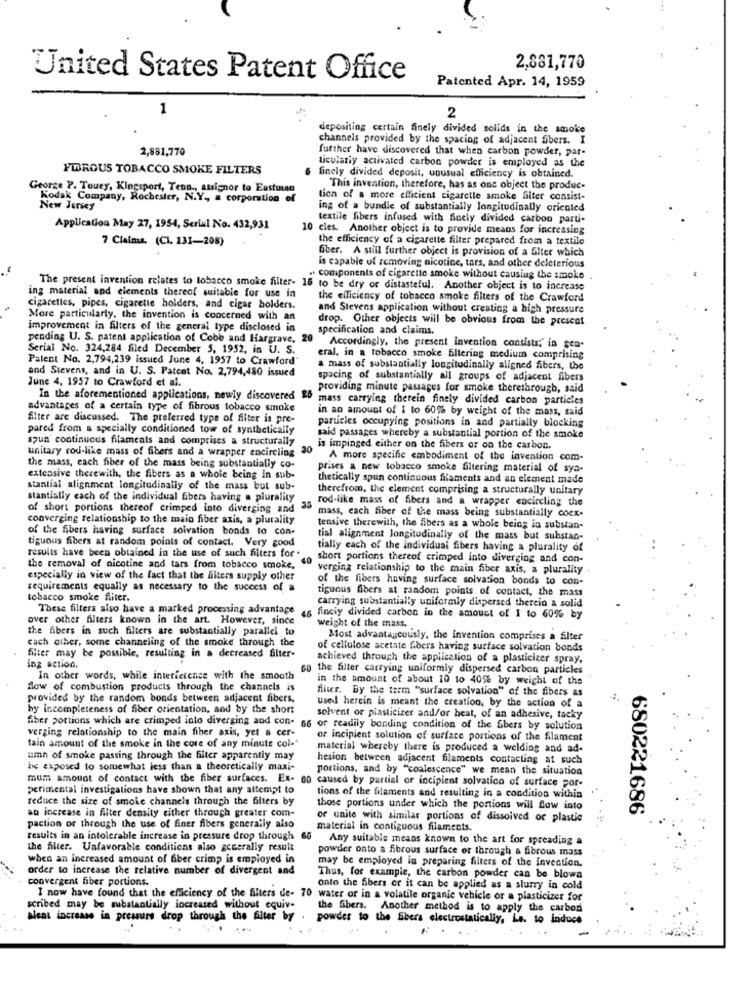
2,881,770
United States Patent Office
Patented Apr. 14, 1959
1
2
depositing certain finely divided solids in the smoke
channels provided by the spacing of adjacent fibers. I
2,881,770
further have discovered that when carbon powder, par-
ticulariy activated carbon powder is employed as the
FOROUS TOBACCO SMOKE FILTERS
finely divided deposit, unusual efficiency is obtained.
George P. Touey, Kingsport, Tenn ., assignor to Eastman
"This invention, therefore, has as one object the produc-
Kodak Company, Rochester, N.Y ., a corporation of
tion of a more efficient cigarette smoke filter consist-
New Jersey
ing of a bundle of substantially longitudinally oriented
textile fibers infused with finely divided carbon parti.
Application May 27, 1954, Serial No. 432,931
cles. Another object is to provide means for increasing
7 Claims. (CI. 131-208)
the efficiency of a cigarette filter prepared from a textile
fiber. A still further object is provision of a filter which
is capable of removing nicotine, tars, and other deleterious
. components of cigarette smoke without causing the smoke
The present invention relates to tobacco smoke filter- 16 to be dry or distasteful. Another object is to increase
ing material and elements thereof suitable for use in
the efficiency of tobacco smoke filters of the Crawford
cigarettes, pipes, cigarette holders, and cigar holders.
and Stevens application without creating a high pressure
More particularly, the invention is concerned with an
drop. Other objects will be obvious from the present
improvement in filters of the general type disclosed in
specification and claims.
pending U. S. patent application of Cobb and Hargrave, 20
Serial No. 324,284 filed December 5, 1952, in U. S.
Accordingly, the present invention consists:" in sen-
Patent No. 2.794,239 issued June 4, 1957 to Crawford
eral, in a tobacco smoke bltering medium comprising
and Stevens, and in U. S. Patent No. 2,794,480 issued
a mass of substantially longitudinally aligned fibers, the
June 4, 1957 to Crawford et al.
spacing of substantially all groups of adjacent Abers
providing minute passages for smoke therethrough, said
In the aforementioned applications, newly discovered 26
mass carrying therein finely divided carbon particles
advantages of a certain type of fibrous tobacco smoke
in an amount of i to 60% by weight of the mass, said
filter are discussed. The preferred type of filter is pre-
pared from a specially conditioned tow of synthetically
particles occupying positions in and partially blocking
spua continuous filaments and comprises a structurally
said passages whereby a substantial portion of the smoke
unitary rod-like mass of fibers and a wrapper encircling
20
is impinged either on the fibers or on the carbon.
A more specific embodiment of the invention com-
the mass, each fiber of the mass being substantially co-
prises a new tobacco smoke filtering material of sya-
extensive therewith, the fibers as a whole being in sub-
thetically spun continuous filaments and an element made
stantial alignment longitudinally of the mass but sub-
therefrom, the clement comprising a structurally unitary
stantially each of the individual fibers having a plurality
rod-like mass of fibers and a wrapper encircling the
of short portions thereof crimped into diverging and
35
mass, cach fiber of the mass being substantially coex-
converging relationship to the main fiber axis, a plurality
of the fibers having surface solvation bonds to con-
tensive therewith, the fibers as a whole being in substan-
tiguous fibers at random points of contact. Very good
tial alignment longitudinally of the mass but substan-
results have been obtained in the use of such filters for.
tially each of the individual fibers having a plurality of
40
short portions thereof crimped into diverging and con-
the removal of nicotine and tars from tobacco smoke,
verging relationship to the main fiber axis, a plurality
especially in view of the fact that the filters supply other
of the fibers having surface solvation bonds to con-
requirements equally as necessary to the success of a
tigunus fibers at random points of contact, the mass
tobacco smoke fiiter.
These filters also have a marked processing advantage
carrying substantially uniformly dispersed therein a solid
over other filters known in the art. However, since
es finciy divided carbon in the amount of 1 to 60% by
the fibers in such filters are substantially parallel to
weight of the mass.
cach other, some channeling of the smoke through the
Most advantageously, the invention comprises a filter
of cellulose acetate fibers having surface solvation bonds
filter may be possible, resulting in a decreased filter-
achieved through the application of a plasticizer spray,
ing action.
60 the filter carrying uniformly dispersed carbon particles
In other words, while interference with the smooth
in the amount of about 10 to 40% by weight of the
Sow of combustion products through the channels is
filter. By the term "surface solvation" of the fibers as
provided by the random bonds between adjacent fibers,
by incompleteness of fiber orientation, and by the short
used herein is meant the creation, by the action of a
fiber portions which are crimped into diverging and con-
solvent or plasticizer and/or heat, of an adhesive, tacky
verging relationship to the main fiber axis, yet a cer-
66 or readily bonding condition of the fibers by solution
tain amount of the smoke in the core of any minute col-
or incipient solution of surface portions of the filament
material whereby there is produced a welding and ad-
umn of smoke passing through the filter apparently may
hesion between adjacent filaments contacting at such
be exposed to somewhat less than a theoretically maxi-
portions, and by "coalescence" we mean the situation
mum amount of contact with the fiber surfaces. Ex- 60 caused by partial or incipient solvatico of surface por-
perimental investigations have shown that any attempt to
reduce the size of smoke channels through the filters by
tions of the filaments and resulting in a condition within
an increase in filter density either through greater com-
those portions under which the portions will Blow into
680221686
or unile with similar portions of dissolved or plastic
paction or through the use of finer fibers generally also
material in contiguous filaments.
results in an intolerable increase in pressure drop through
66
Any suitable means known to the art for spreading a
the filter. Unfavorable conditions also generally result
powder onto a fibrous surface or through a fibrous mass
when an increased amount of fiber crimp is employed in
may be employed in preparing filters of the invention.
order to increase the relative number of divergent and
convergent fiber portions.
Thus, for example, the carbon powder can be blowa
onto the fibers or it can be applied as a slurry in cold
I now have found that the efficiency of the filters de- 70 water or in a volatile organic vehicle or a plasticizer for
scribed may be substantially increased without equiv-
the fibers. Another method is to apply the carbon
alent increase in pressure drop through the filter by
powder to the Sibera electrostatically, Le. to induce
...